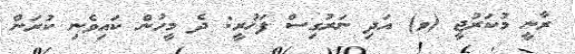
ރާނީ މުކަރުޖީ (ވ) އަދި ނަރުގިސް ފަޚުރީ: ދެ މީހުން ކައިވެނި ކުރަން